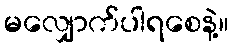
မလျှောက်ပါရစေနဲ့။